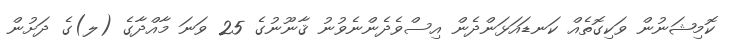
ކޮމިޝަނުން ވަކިގޮތެއް ކަނޑައަޅަންދެން އިސްވެދެންނެވުނު ޤާނޫނުގެ 25 ވަނަ މާއްދާގެ (ލ)ގެ ދަށުން